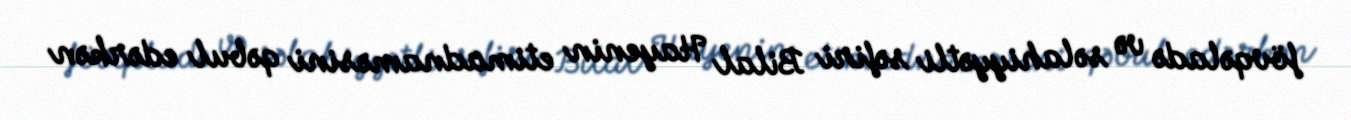
fövqəladə və səlahiyyətli səfiri Bilal Hayenin etimadnaməsini qəbul edərkən